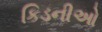
કિડનીઓ